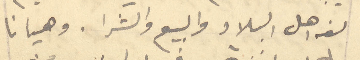
لغة اهل البلاد والبيع والشرا. وهيانا